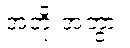
အဘိုးအဘွား